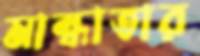
মান্ধাতার